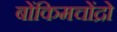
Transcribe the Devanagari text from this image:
बोंकिमचोंद्रो